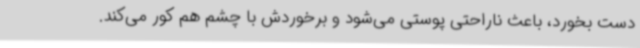
دست بخورد، باعث ناراحتی پوستی می‌شود و برخوردش با چشم هم کور می‌کند.